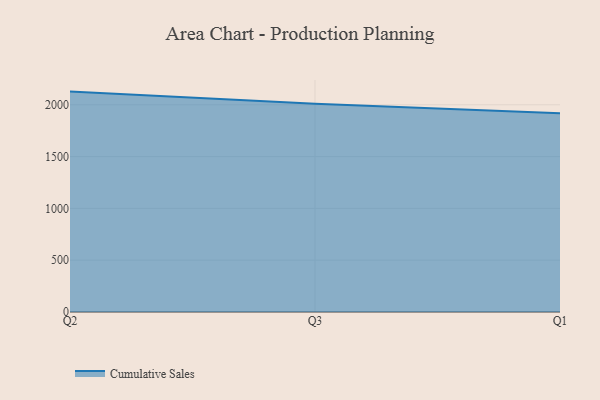
{"axis": {"x": "Quarter", "y": "Waste Production (Tons)"}, "legend": ["Cumulative Sales"], "data": [{"x": "Q2", "y": 2127.4, "type": "Cumulative Sales"}, {"x": "Q3", "y": 2010.6, "type": "Cumulative Sales"}, {"x": "Q1", "y": 1918.0, "type": "Cumulative Sales"}]}